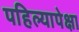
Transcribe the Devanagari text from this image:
पहिल्यापेक्षा